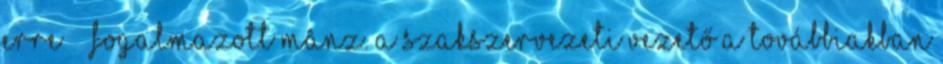
erre” – fogalmazott Mânz. A szakszervezeti vezető a továbbiakban